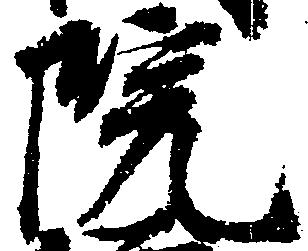
院